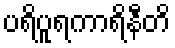
ပရိပူရကာရိနီတိ